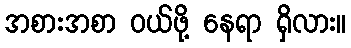
အစားအစာ ဝယ်ဖို့ နေရာ ရှိလား။